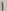
Text: 1